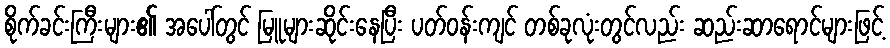
စိုက်ခင်းကြီးများ၏ အပေါ်တွင် မြူများဆိုင်းနေပြီး ပတ်ဝန်းကျင် တစ်ခုလုံးတွင်လည်း ဆည်းဆာရောင်များဖြင့်